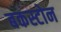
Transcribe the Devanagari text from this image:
बकस्टोन